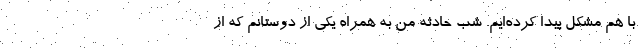
با هم مشکل پیدا کرده‌ایم. شب حادثه من به همراه یکی از دوستانم که از